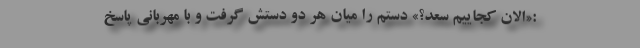
:«الان کجاییم سعد؟» دستم را میان هر دو دستش گرفت و با مهربانی پاسخ